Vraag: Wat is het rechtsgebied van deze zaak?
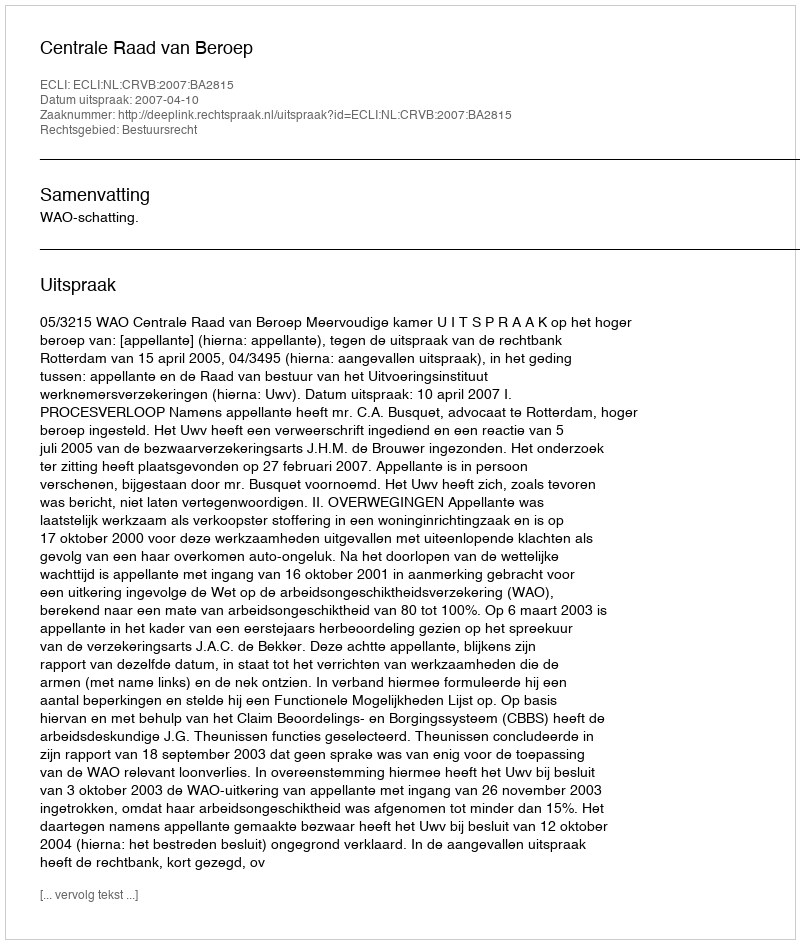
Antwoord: Bestuursrecht